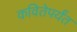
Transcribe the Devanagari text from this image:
कवितेपर्यंत